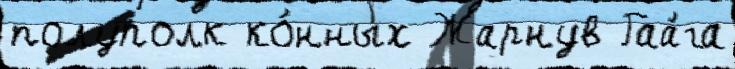
полуполк ко́нных Жарнув Гаа́га